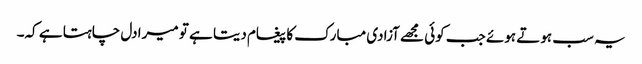
یہ سب ہوتے ہوئے جب کوئی مجھے آزادی مبارک کا پیغام دیتا ہے تو میرا دل چاہتا ہے کہ۔